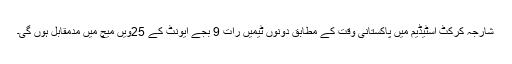
شارجہ کرکٹ اسٹیڈیم میں پاکستانی وقت کے مطابق دونوں ٹیمیں رات 9 بجے ایونٹ کے 25ویں میچ میں مدمقابل ہوں گی۔